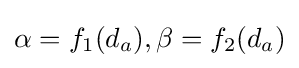
\alpha =f_{1}(d_{a}),\beta =f_{2}(d_{a})